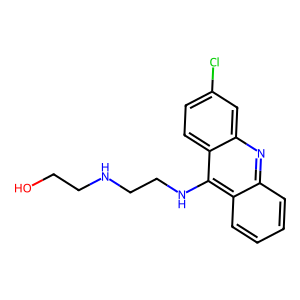
SMILES: OCCNCCNc1c2ccccc2nc2cc(Cl)ccc12
Inhibits HIV replication: No